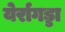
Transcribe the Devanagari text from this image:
येर्रागड्डा